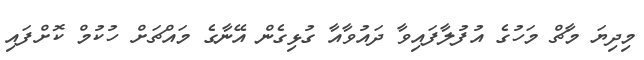
މިދިޔަ މާޗް މަހުގެ އުފުލާފައިވާ ދައުވާއާ ގުޅިގެން އޭނާގެ މައްޗަށް ހުކުމް ކޮށްފައި